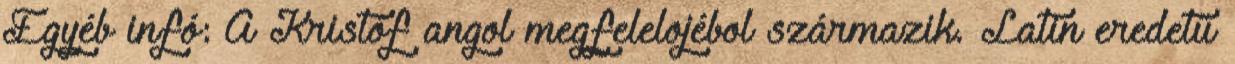
Egyéb infó: A Kristóf angol megfelelojébol származik. Latin eredetű